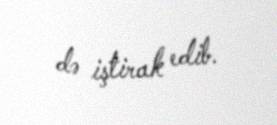
də iştirak edib.